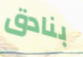
بنادق